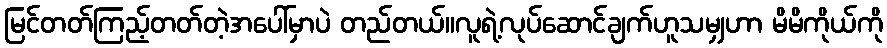
မြင်တတ်ကြည့်တတ်တဲ့အပေါ်မှာပဲ တည်တယ်။လူရဲ့လုပ်ဆောင်ချက်ဟူသမျှဟာ မိမိကိုယ်ကို